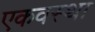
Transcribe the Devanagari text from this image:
एकवस्था